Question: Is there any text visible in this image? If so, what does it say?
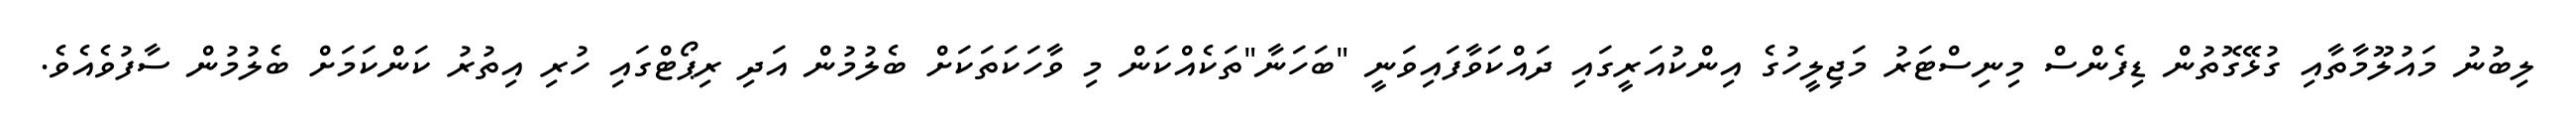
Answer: ލިބުނު މައުލޫމާތާއި ގުޅޭގޮތުން ޑިފެންސް މިނިސްޓަރު މަޖިލީހުގެ އިންކުއަރީގައި ދައްކަވާފައިވަނީ "ބަހަނާ"ތަކެއްކަން މި ވާހަކަތަކަށް ބެލުމުން އަދި ރިޕޯޓްގައި ހުރި އިތުރު ކަންކަމަށް ބެލުމުން ސާފުވެއެވެ.